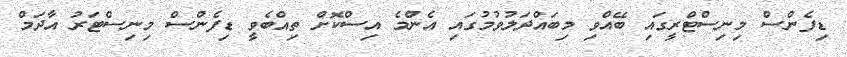
ޑިފެންސް މިނިސްޓްރީގައި ބޭއްވި މިބައްދަލުވުމުގައި އެންމެ އިސްކޮށް ތިއްބެވީ ޑިފެންސް މިނިސްޓަރު އާދަމް